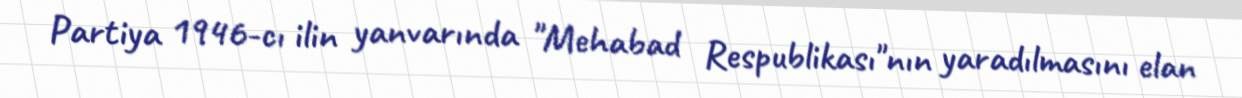
Partiya 1946-cı ilin yanvarında "Mehabad Respublikası"nın yaradılmasını elan